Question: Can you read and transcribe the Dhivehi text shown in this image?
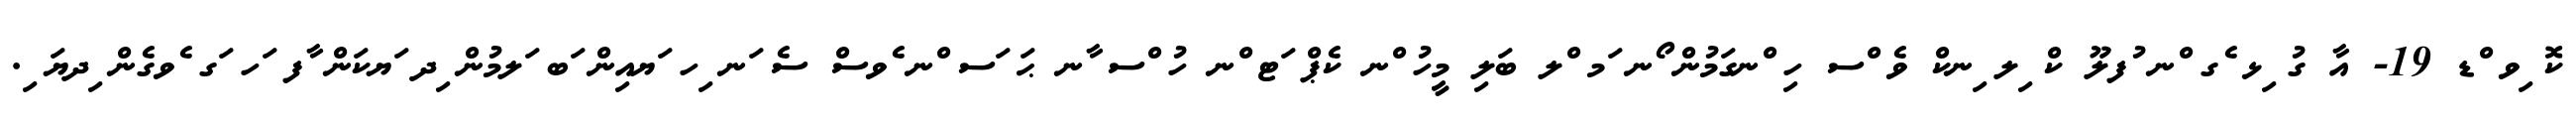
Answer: ކޮ ިވ ްޑ 19- އާ ގު ިޅ ެގ ްނ ުފލޫ ކް ިލ ިނކް ވެ ްސ ހި ްނގަމުން ޯނ ަމ ްލ ބަލި މީހު ްނ ކެޕް ަޓ ްނ ހު ްސ ާނ ޙަ ަސ ްނ ެވސް ސެ ަނ ިހ ަޔއިން ަބ ަލމުން ިދ ަޔކަން ާފ ަހ ަގ ެވގެން ިދޔަ ި.